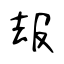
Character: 叝